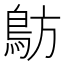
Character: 䲱